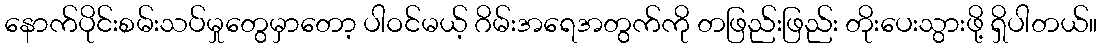
နောက်ပိုင်းစမ်းသပ်မှုတွေမှာတော့ ပါဝင်မယ့် ဂိမ်းအရေအတွက်ကို တဖြည်းဖြည်း တိုးပေးသွားဖို့ ရှိပါတယ်။